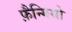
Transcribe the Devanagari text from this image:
फ़ैन्गियो